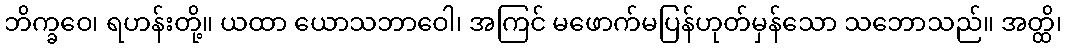
ဘိက္ခဝေ၊ ရဟန်းတို့။ ယထာ ယောသဘာဝေါ၊ အကြင် မဖောက်မပြန်ဟုတ်မှန်သော သဘောသည်။ အတ္ထိ၊